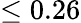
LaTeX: \leq 0.26